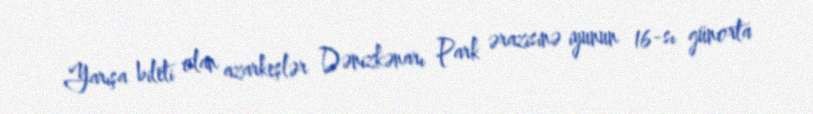
Yarışa bileti olan azarkeşlər Dənizkənarı Park ərazisinə iyunun 16-sı günorta